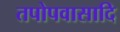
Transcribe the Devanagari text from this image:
तपोपवासादि